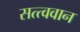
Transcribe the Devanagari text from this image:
सत्त्ववान